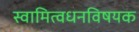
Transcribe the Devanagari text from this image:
स्वामित्वधनविषयक